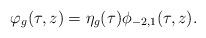
LaTeX: \begin{align*} \varphi_g(\tau,z) = \eta_g(\tau)\phi_{-2,1}(\tau,z).\end{align*}